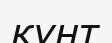
күнт